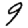
Digit: 9